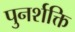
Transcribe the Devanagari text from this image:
पुनर्शक्ति